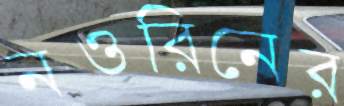
নওরিনের